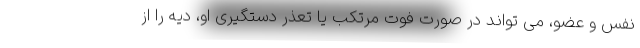
نفس و عضو، می تواند در صورت فوت مرتکب یا تعذر دستگیری او، دیه را از